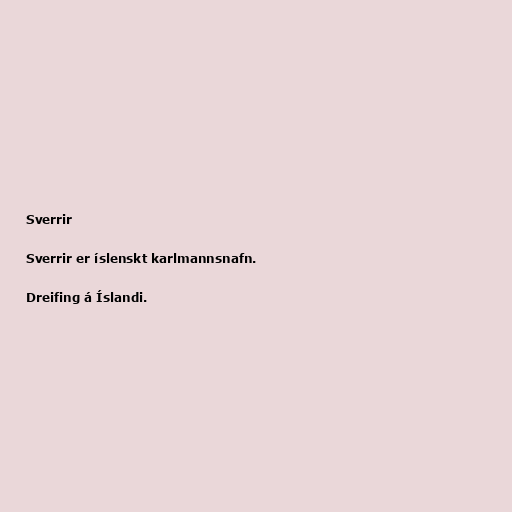
Sverrir

Sverrir er íslenskt karlmannsnafn.

Dreifing á Íslandi.